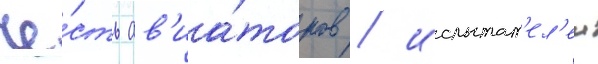
че́сть ав'иа́торов / испытат'ел'еи